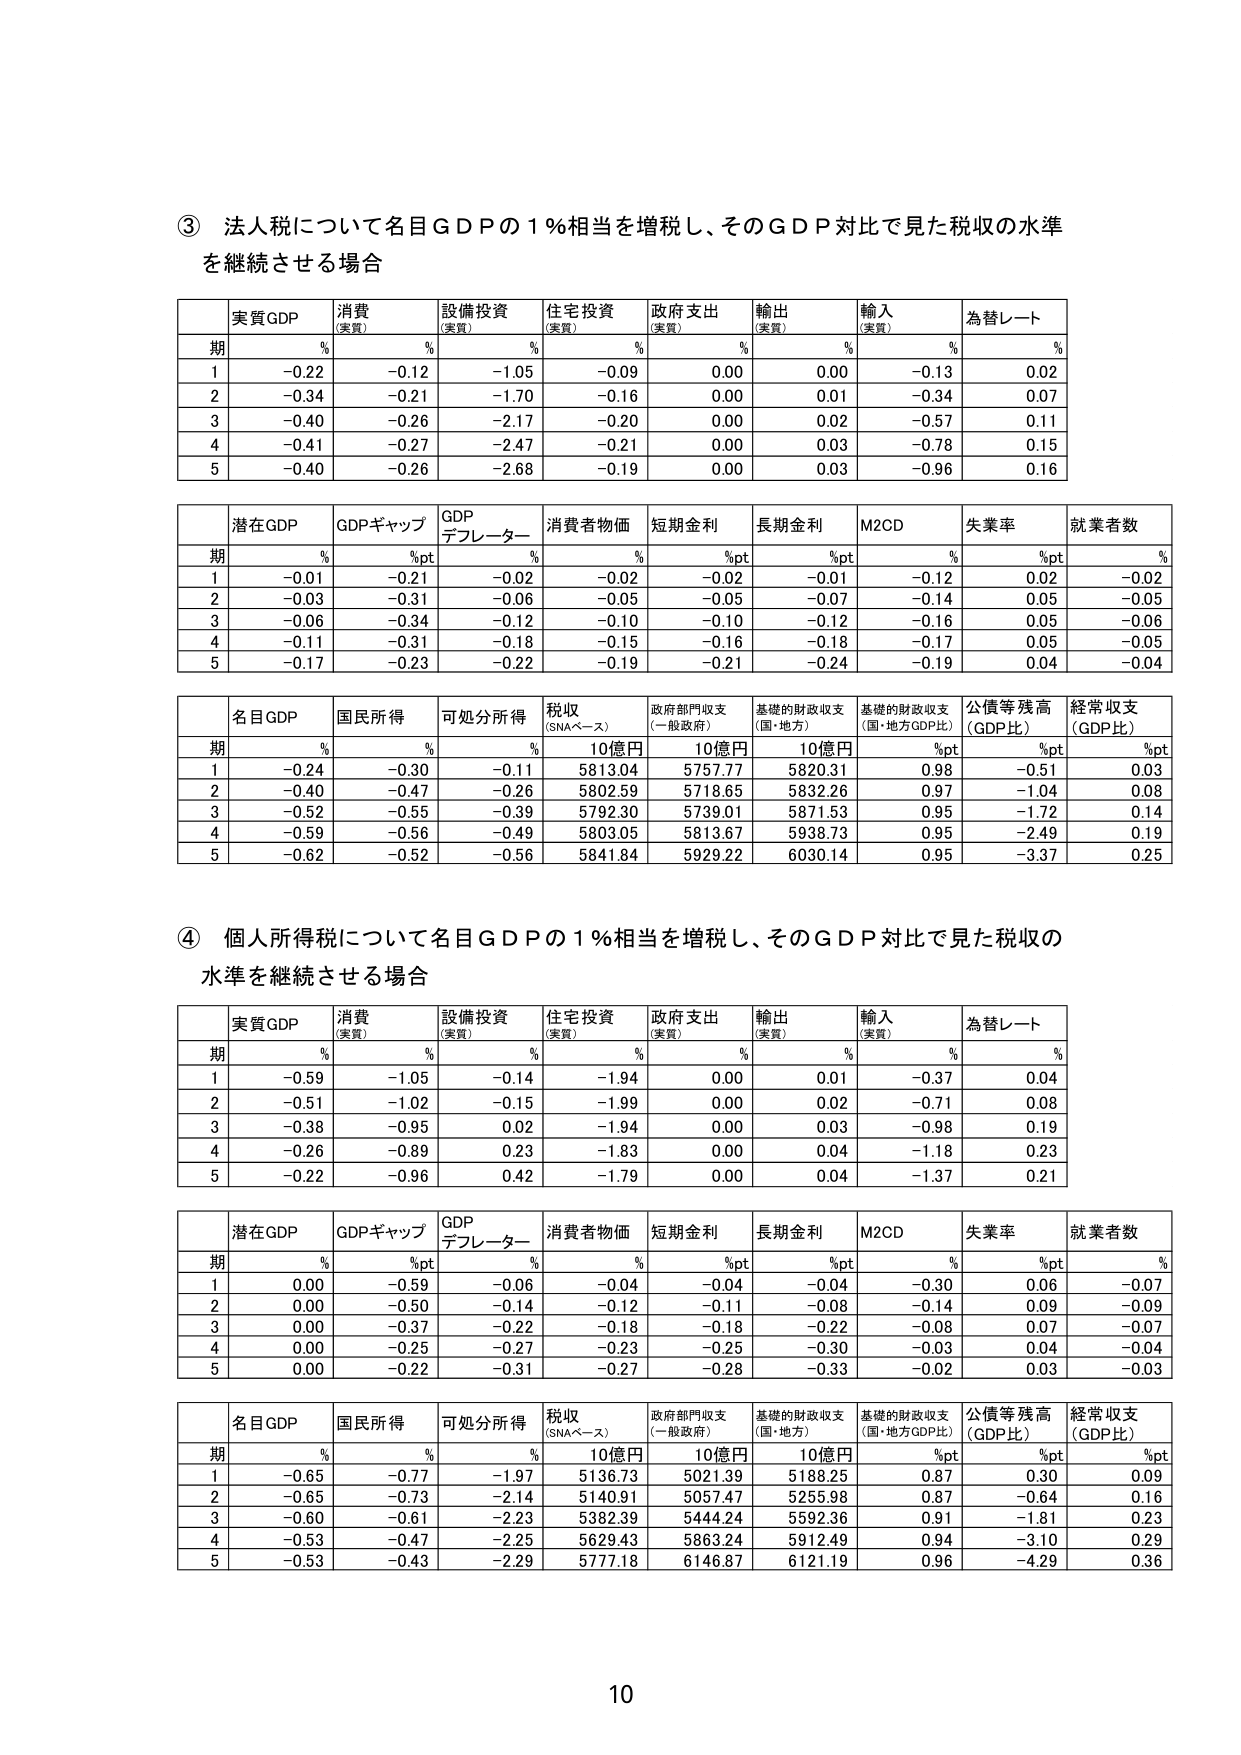
③ 法人税について名目GDPの1％相当を増税し、そのGDP対比で見た税収の水準を継続させる場合

実質GDP 消費（実質） 設備投資（実質） 住宅投資（実質） 政府支出（実質） 輸出（実質） 輸入（実質） 為替レート
期 % % % % % % % %
1 -0.22 -0.12 -1.05 -0.09 0.00 0.00 -0.13 0.02
2 -0.34 -0.21 -1.70 -0.16 0.00 0.01 -0.34 0.07
3 -0.40 -0.26 -2.17 -0.20 0.00 0.02 -0.57 0.11
4 -0.41 -0.27 -2.47 -0.21 0.00 0.03 -0.78 0.15
5 -0.40 -0.26 -2.68 -0.19 0.00 0.03 -0.96 0.16

潜在GDP GDPギャップ GDPデフレーター 消費者物価 短期金利 長期金利 M2CD 失業率 就業者数
期 % %pt % % %pt %pt % %pt %
1 -0.01 -0.21 -0.02 -0.02 -0.02 -0.01 -0.12 0.02 -0.02
2 -0.03 -0.31 -0.06 -0.05 -0.05 -0.07 -0.14 0.05 -0.05
3 -0.06 -0.34 -0.12 -0.10 -0.10 -0.12 -0.16 0.05 -0.06
4 -0.11 -0.31 -0.18 -0.15 -0.16 -0.18 -0.17 0.05 -0.05
5 -0.17 -0.23 -0.22 -0.19 -0.21 -0.24 -0.19 0.04 -0.04

名目GDP 国民所得 可処分所得 税収（SNAベース） 政府部門収支（一般政府） 基礎的財政収支（国・地方） 基礎的財政収支（国・地方GDP比） 公債等残高（GDP比） 経常収支（GDP比）
期 % % % 10億円 10億円 10億円 %pt %pt %pt
1 -0.24 -0.30 -0.11 5813.04 5757.77 5820.31 0.98 -0.51 0.03
2 -0.40 -0.47 -0.26 5802.59 5718.65 5832.26 0.97 -1.04 0.08
3 -0.52 -0.55 -0.39 5792.30 5739.01 5871.53 0.95 -1.72 0.14
4 -0.59 -0.56 -0.49 5803.05 5813.67 5938.73 0.95 -2.49 0.19
5 -0.62 -0.52 -0.56 5841.84 5929.22 6030.14 0.95 -3.37 0.25

④ 個人所得税について名目GDPの1％相当を増税し、そのGDP対比で見た税収の水準を継続させる場合

実質GDP 消費（実質） 設備投資（実質） 住宅投資（実質） 政府支出（実質） 輸出（実質） 輸入（実質） 為替レート
期 % % % % % % % %
1 -0.59 -1.05 -0.14 -1.94 0.00 0.01 -0.37 0.04
2 -0.51 -1.02 -0.15 -1.99 0.00 0.02 -0.71 0.08
3 -0.38 -0.95 0.02 -1.94 0.00 0.03 -0.98 0.19
4 -0.26 -0.89 0.23 -1.83 0.00 0.04 -1.18 0.23
5 -0.22 -0.96 0.42 -1.79 0.00 0.04 -1.37 0.21

潜在GDP GDPギャップ GDPデフレーター 消費者物価 短期金利 長期金利 M2CD 失業率 就業者数
期 % %pt % % %pt %pt % %pt %
1 0.00 -0.59 -0.06 -0.04 -0.04 -0.04 -0.30 0.06 -0.07
2 0.00 -0.50 -0.14 -0.12 -0.11 -0.08 -0.14 0.09 -0.09
3 0.00 -0.37 -0.22 -0.18 -0.18 -0.22 -0.08 0.07 -0.07
4 0.00 -0.25 -0.27 -0.23 -0.25 -0.30 -0.03 0.04 -0.04
5 0.00 -0.22 -0.31 -0.27 -0.28 -0.33 -0.02 0.03 -0.03

名目GDP 国民所得 可処分所得 税収（SNAベース） 政府部門収支（一般政府） 基礎的財政収支（国・地方） 基礎的財政収支（国・地方GDP比） 公債等残高（GDP比） 経常収支（GDP比）
期 % % % 10億円 10億円 10億円 %pt %pt %pt
1 -0.65 -0.77 -1.97 5136.73 5021.39 5188.25 0.87 0.30 0.09
2 -0.65 -0.73 -2.14 5140.91 5057.47 5255.98 0.87 -0.64 0.16
3 -0.60 -0.61 -2.23 5382.39 5444.24 5592.36 0.91 -1.81 0.23
4 -0.53 -0.47 -2.25 5629.43 5863.24 5912.49 0.94 -3.10 0.29
5 -0.53 -0.43 -2.29 5777.18 6146.87 6121.19 0.96 -4.29 0.36

10